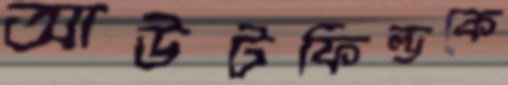
আউটফিল্ডকে